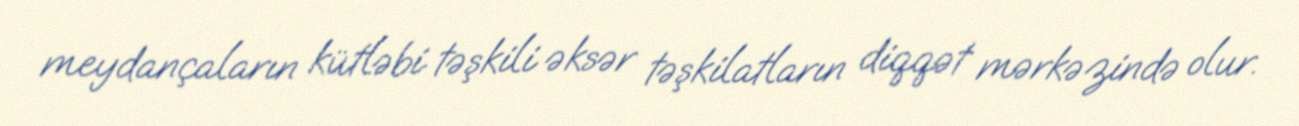
meydançaların kütləbi təşkili əksər təşkilatların diqqət mərkəzində olur.